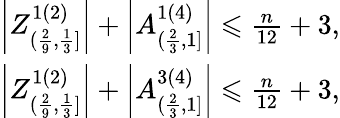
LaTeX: \begin{array}{r}{\left|Z_{(\frac{2}{9},\frac{1}{3}]}^{1(2)}\right|+\left|A_{(\frac{2}{3},1]}^{1(4)}\right|\leqslant\frac{n}{12}+3,}\\ {\left|Z_{(\frac{2}{9},\frac{1}{3}]}^{1(2)}\right|+\left|A_{(\frac{2}{3},1]}^{3(4)}\right|\leqslant\frac{n}{12}+3,}\end{array}